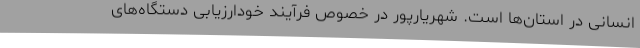
انسانی در استان‌ها است. شهریارپور در خصوص فرآیند خودارزیابی دستگاه‌های